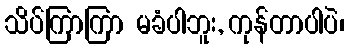
သိပ်ကြာကြာ မခံပါဘူး, ကုန်တာပါပဲ၊